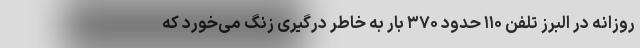
روزانه در البرز تلفن ۱۱۰ حدود ۳۷۰ بار به خاطر درگیری زنگ می‌خورد که